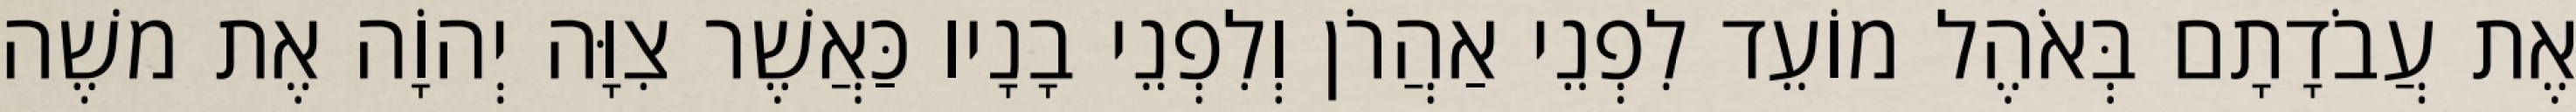
אֶת עֲבֹדָתָם בְּאֹהֶל מוֹעֵד לִפְנֵי אַהֲרֹן וְלִפְנֵי בָנָיו כַּאֲשֶׁר צִוָּה יְהוָֹה אֶת משֶׁה